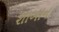
શાબાન